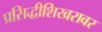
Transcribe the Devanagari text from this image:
प्रसिद्धीशिखरावर